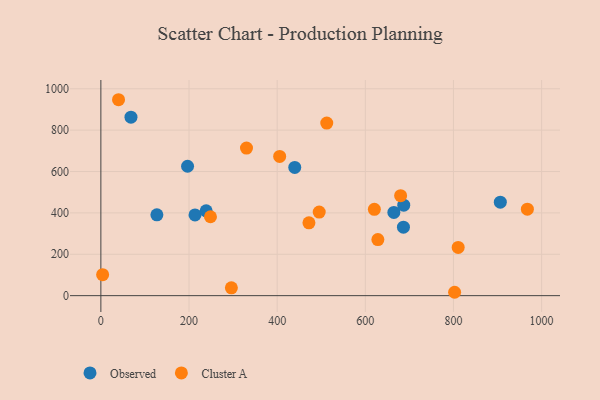
{"axis": {"x": "Investment", "y": "Fuel Efficiency"}, "legend": ["Cluster A", "Observed"], "data": [{"x": "906.3", "y": 452.0, "type": "Observed"}, {"x": "439.9", "y": 619.7, "type": "Observed"}, {"x": "127.1", "y": 390.7, "type": "Observed"}, {"x": "664.8", "y": 402.1, "type": "Observed"}, {"x": "686.5", "y": 330.9, "type": "Observed"}, {"x": "238.9", "y": 410.1, "type": "Observed"}, {"x": "213.6", "y": 390.2, "type": "Observed"}, {"x": "68.3", "y": 862.9, "type": "Observed"}, {"x": "196.7", "y": 625.5, "type": "Observed"}, {"x": "687.2", "y": 437.4, "type": "Observed"}, {"x": "40.1", "y": 947.1, "type": "Cluster A"}, {"x": "330.4", "y": 713.6, "type": "Cluster A"}, {"x": "248.7", "y": 381.5, "type": "Cluster A"}, {"x": "4.0", "y": 101.6, "type": "Cluster A"}, {"x": "628.5", "y": 271.1, "type": "Cluster A"}, {"x": "620.5", "y": 417.4, "type": "Cluster A"}, {"x": "296.1", "y": 38.0, "type": "Cluster A"}, {"x": "495.4", "y": 404.1, "type": "Cluster A"}, {"x": "405.7", "y": 673.0, "type": "Cluster A"}, {"x": "967.7", "y": 417.9, "type": "Cluster A"}, {"x": "680.1", "y": 483.3, "type": "Cluster A"}, {"x": "810.7", "y": 233.0, "type": "Cluster A"}, {"x": "512.5", "y": 834.3, "type": "Cluster A"}, {"x": "472.1", "y": 352.1, "type": "Cluster A"}, {"x": "802.6", "y": 16.3, "type": "Cluster A"}]}